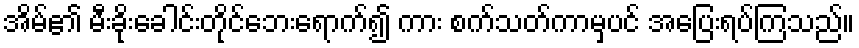
အိမ်၏ မီးခိုးခေါင်းတိုင်ဘေးရောက်၍ ကား စက်သတ်ကာမှပင် အပြေးရပ်ကြသည်။